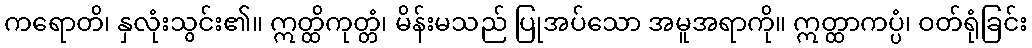
ကရောတိ၊ နှလုံးသွင်း၏။ ဣတ္ထိကုတ္တံ၊ မိန်းမသည် ပြုအပ်သော အမူအရာကို။ ဣတ္ထာကပ္ပံ၊ ဝတ်ရုံခြင်း